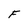
Character: F